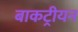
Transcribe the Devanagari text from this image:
बाकट्रीयन